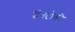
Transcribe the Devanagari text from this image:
दोनटोकी